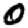
Digit: 0